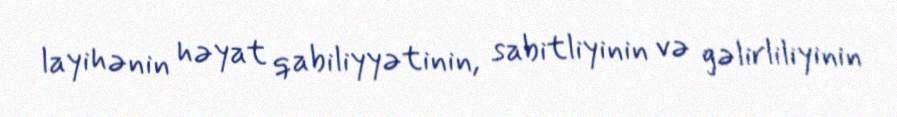
layihənin həyat qabiliyyətinin, sabitliyinin və gəlirliliyinin